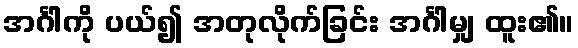
အင်္ဂါကို ပယ်၍ အတုလိုက်ခြင်း အင်္ဂါမျှ ထူး၏။